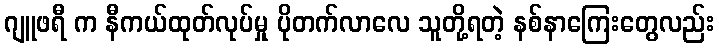
ဂျူဖရီ က နီကယ်ထုတ်လုပ်မှု ပိုတက်လာလေ သူတို့ရတဲ့ နစ်နာကြေးတွေလည်း